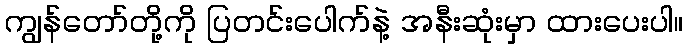
ကျွန်တော်တို့ကို ပြတင်းပေါက်နဲ့ အနီးဆုံးမှာ ထားပေးပါ။